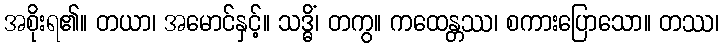
အစိုးရ၏။ တယာ၊ အမောင်နှင့်။ သဒ္ဓိံ၊ တကွ။ ကထေန္တဿ၊ စကားပြောသော။ တဿ၊